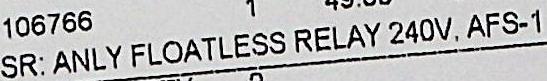
SR: ANLY FLOATLESS RELAY 240V. AFS-1